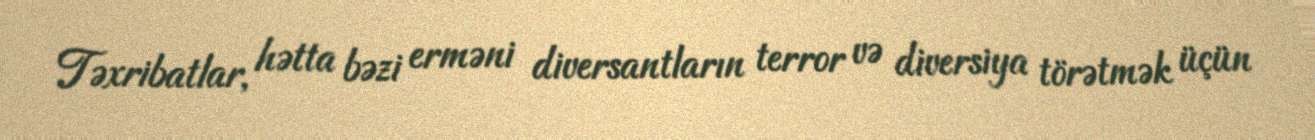
Təxribatlar, hətta bəzi erməni diversantların terror və diversiya törətmək üçün